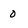
Character: 0